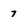
Character: 7